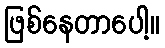
ဖြစ်နေတာပေါ့။